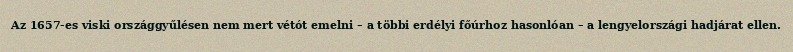
Az 1657-es viski országgyűlésen nem mert vétót emelni – a többi erdélyi főúrhoz hasonlóan – a lengyelországi hadjárat ellen.